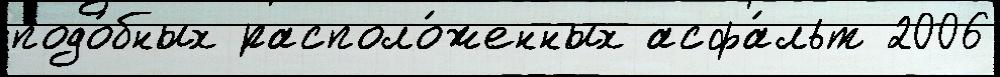
подо́бных располо́женных асфа́льт 2006